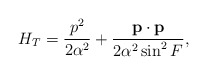
\begin{align*}H_T=\frac{p^2}{2\alpha ^2}+\frac{{\bf p\cdot p}}{2\alpha ^2\sin ^2F},\end{align*}